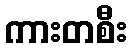
ကားတစီး